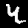
Digit: 4